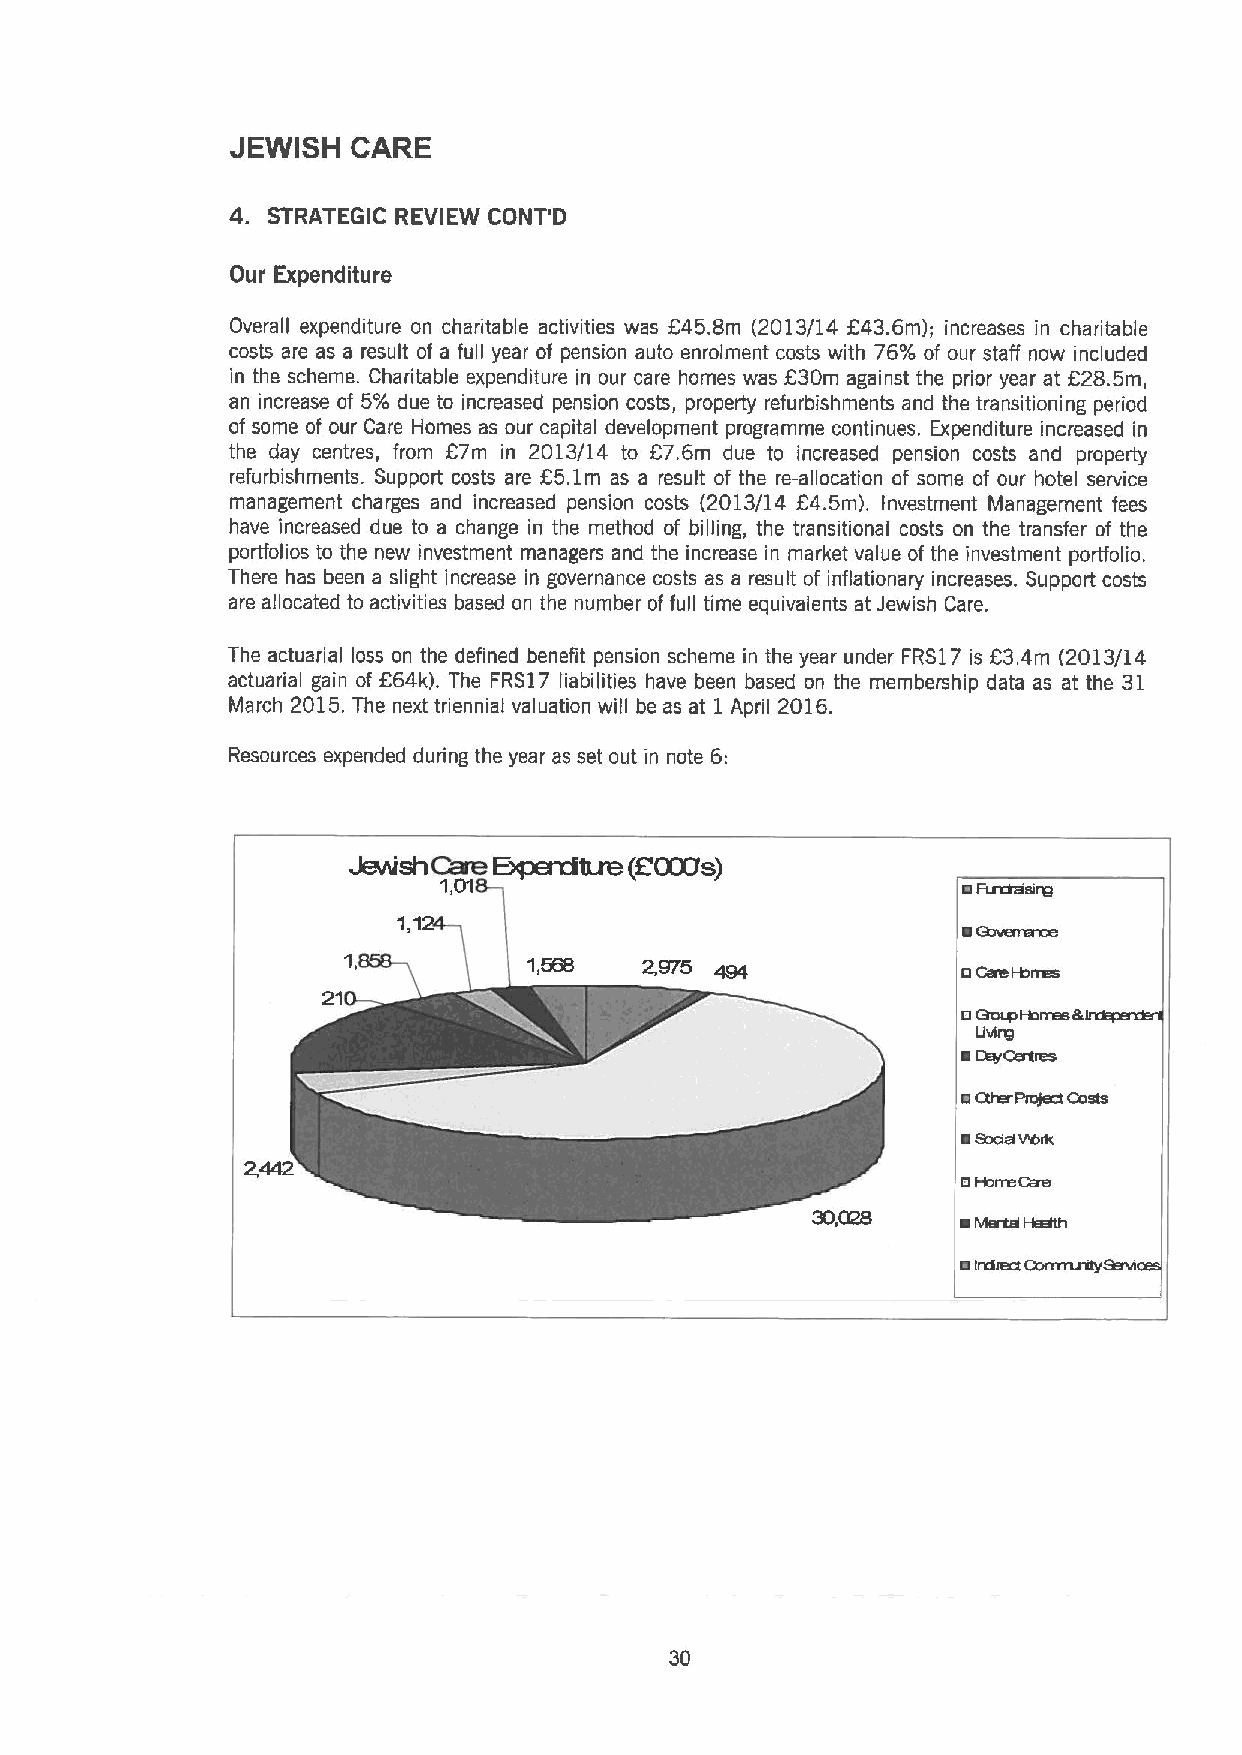
JEWISH  CARE
 4.
 STRATEGIC REVIEW CONT'D
 Our Expenditure
 Overall expenditure on charitable activities was 645.8m (2013/14 E43.6m); increases in charitable
 costs are as a result of a full year of pension auto enrolment costs with 76% of our staff now included
 in the scheme. Charitable expenditure in our care homes was 830m against the prior year at 628.5m,
 an increase of 5% due to increased pension costs, property refurbishments and the transitioning period
 of some of our Care Homes as our capital development programme continues. Expenditure increased in
 the day centres, from 67m in 2013/14 to 87.6m due to increased pension costs and property
 refurbishments. Support costs are 65.1m as a result of the re-allocation of some of our hotel service
 management charges and increased pension costs (2013/14 E4.5m). Investment Management fees
 have increased due to a change in the method of billing, the transitional costs on the transfer of the
 porffolios to the new investment managers and the increase in market value of the investment portfolio.
 There has been a slight increase in governance costs as a result of inflationary increases. Support costs
 are allocated to activities based on the number offull time equivalents at Jewish Care.
 The actuarial loss on the defined benefit pension scheme in the year under FRS17 is 63.4m (2013/14
 actuarial gain of 664k). The FRS17 liabilities have been based on the membership data as at the 31
 March 2015.The next triennial valuation will be as at 1 April 2016.
 Resources expended during the year as set out in note 6:
 Jew'shia
 HpercitLn (C(KUa)
 1,01
 1,558   2,975
 etacvp Hcrree&
 Livirg
 ~cevcerttee
 ~Ctteri-traject tXete
 ~tntttect Cemvnrilyeervl
 30